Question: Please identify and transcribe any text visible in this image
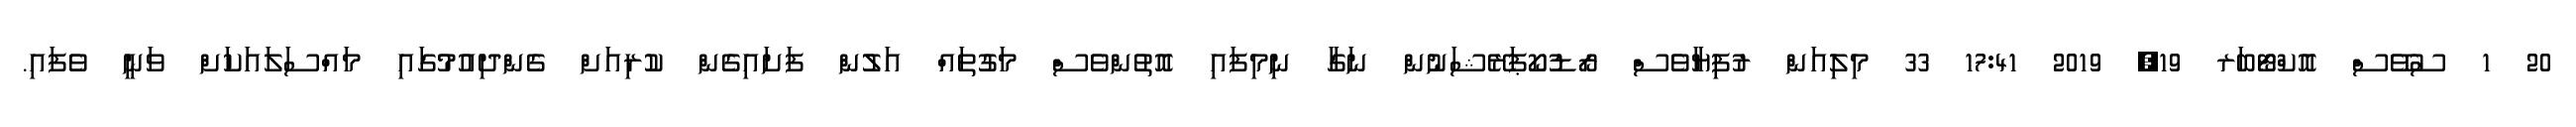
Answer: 20 1 ސުވޭސް އޮކްޓޯބަރ 19, 2019 17:41 33 މިލިއަން ރުފިޔާވެސް ރޯޑުކޯޕަރޭޝަނުން ނަގާ ނިމިފައި އޮތުންވެސް މަގުތައް އަލުން ފަށައިގެން ކުރިއަށް ގެންދިއުމުގައި މައްސަލައަކަށް ވަނީ ވެފައި.